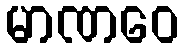
မာဏဝေ